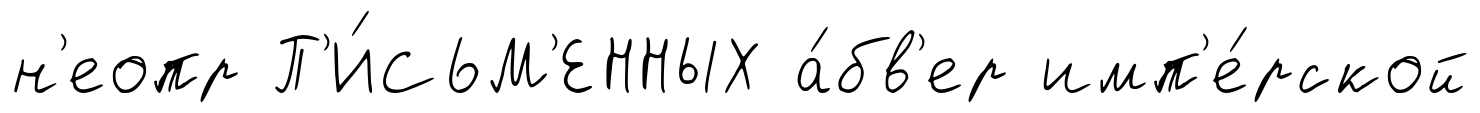
н'еопр П'И́СЬМ'ЕННЫХ а́бв'ер имп'е́рской